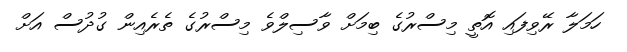
ހަމަލާ ރޭވިފައި އޮތީ މިސްރުގެ ބިމަށް ވާސިލްވެ މިސްރުގެ ތެރެއިން ގުދުސް އަށް